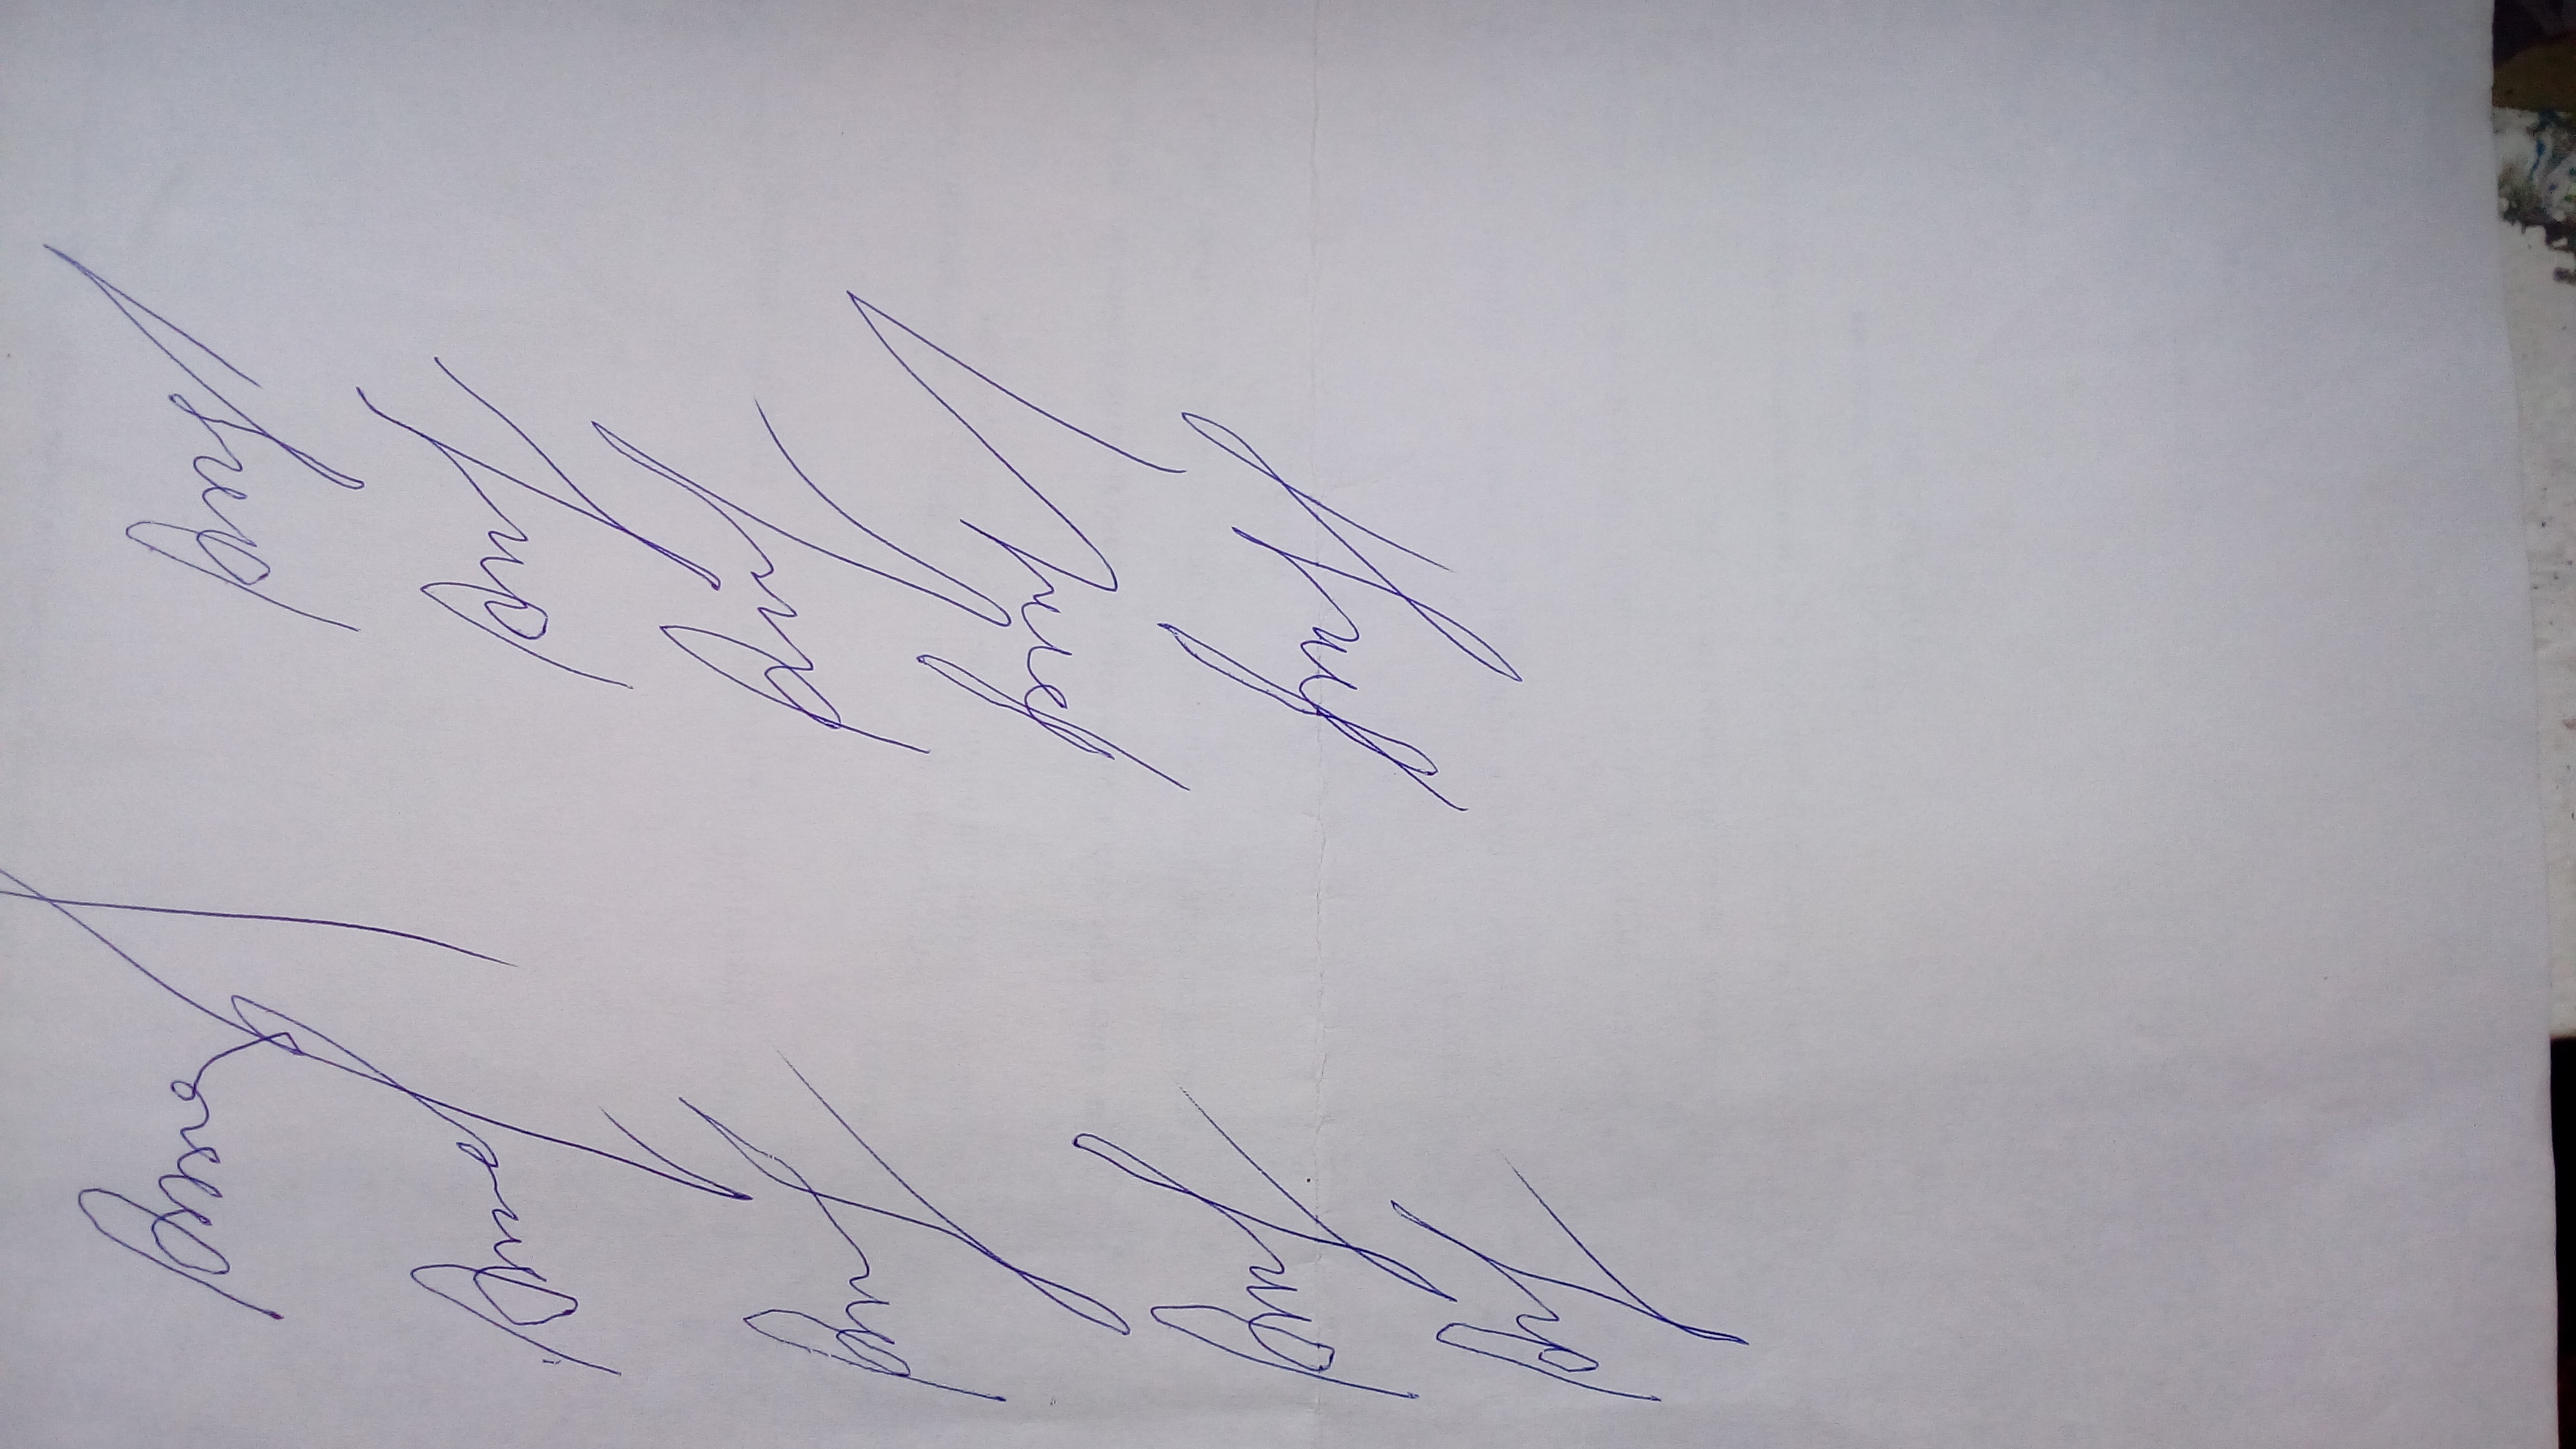
Signature authenticity: forged